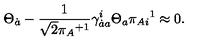
\Theta _ { \dot { a } } - \frac 1 { \sqrt { 2 } { \pi _ { A } } ^ { + 1 } } \gamma _ { \dot { a } a } ^ { i } \Theta _ { a } \pi _ { A i } { } ^ { 1 } \approx 0 .